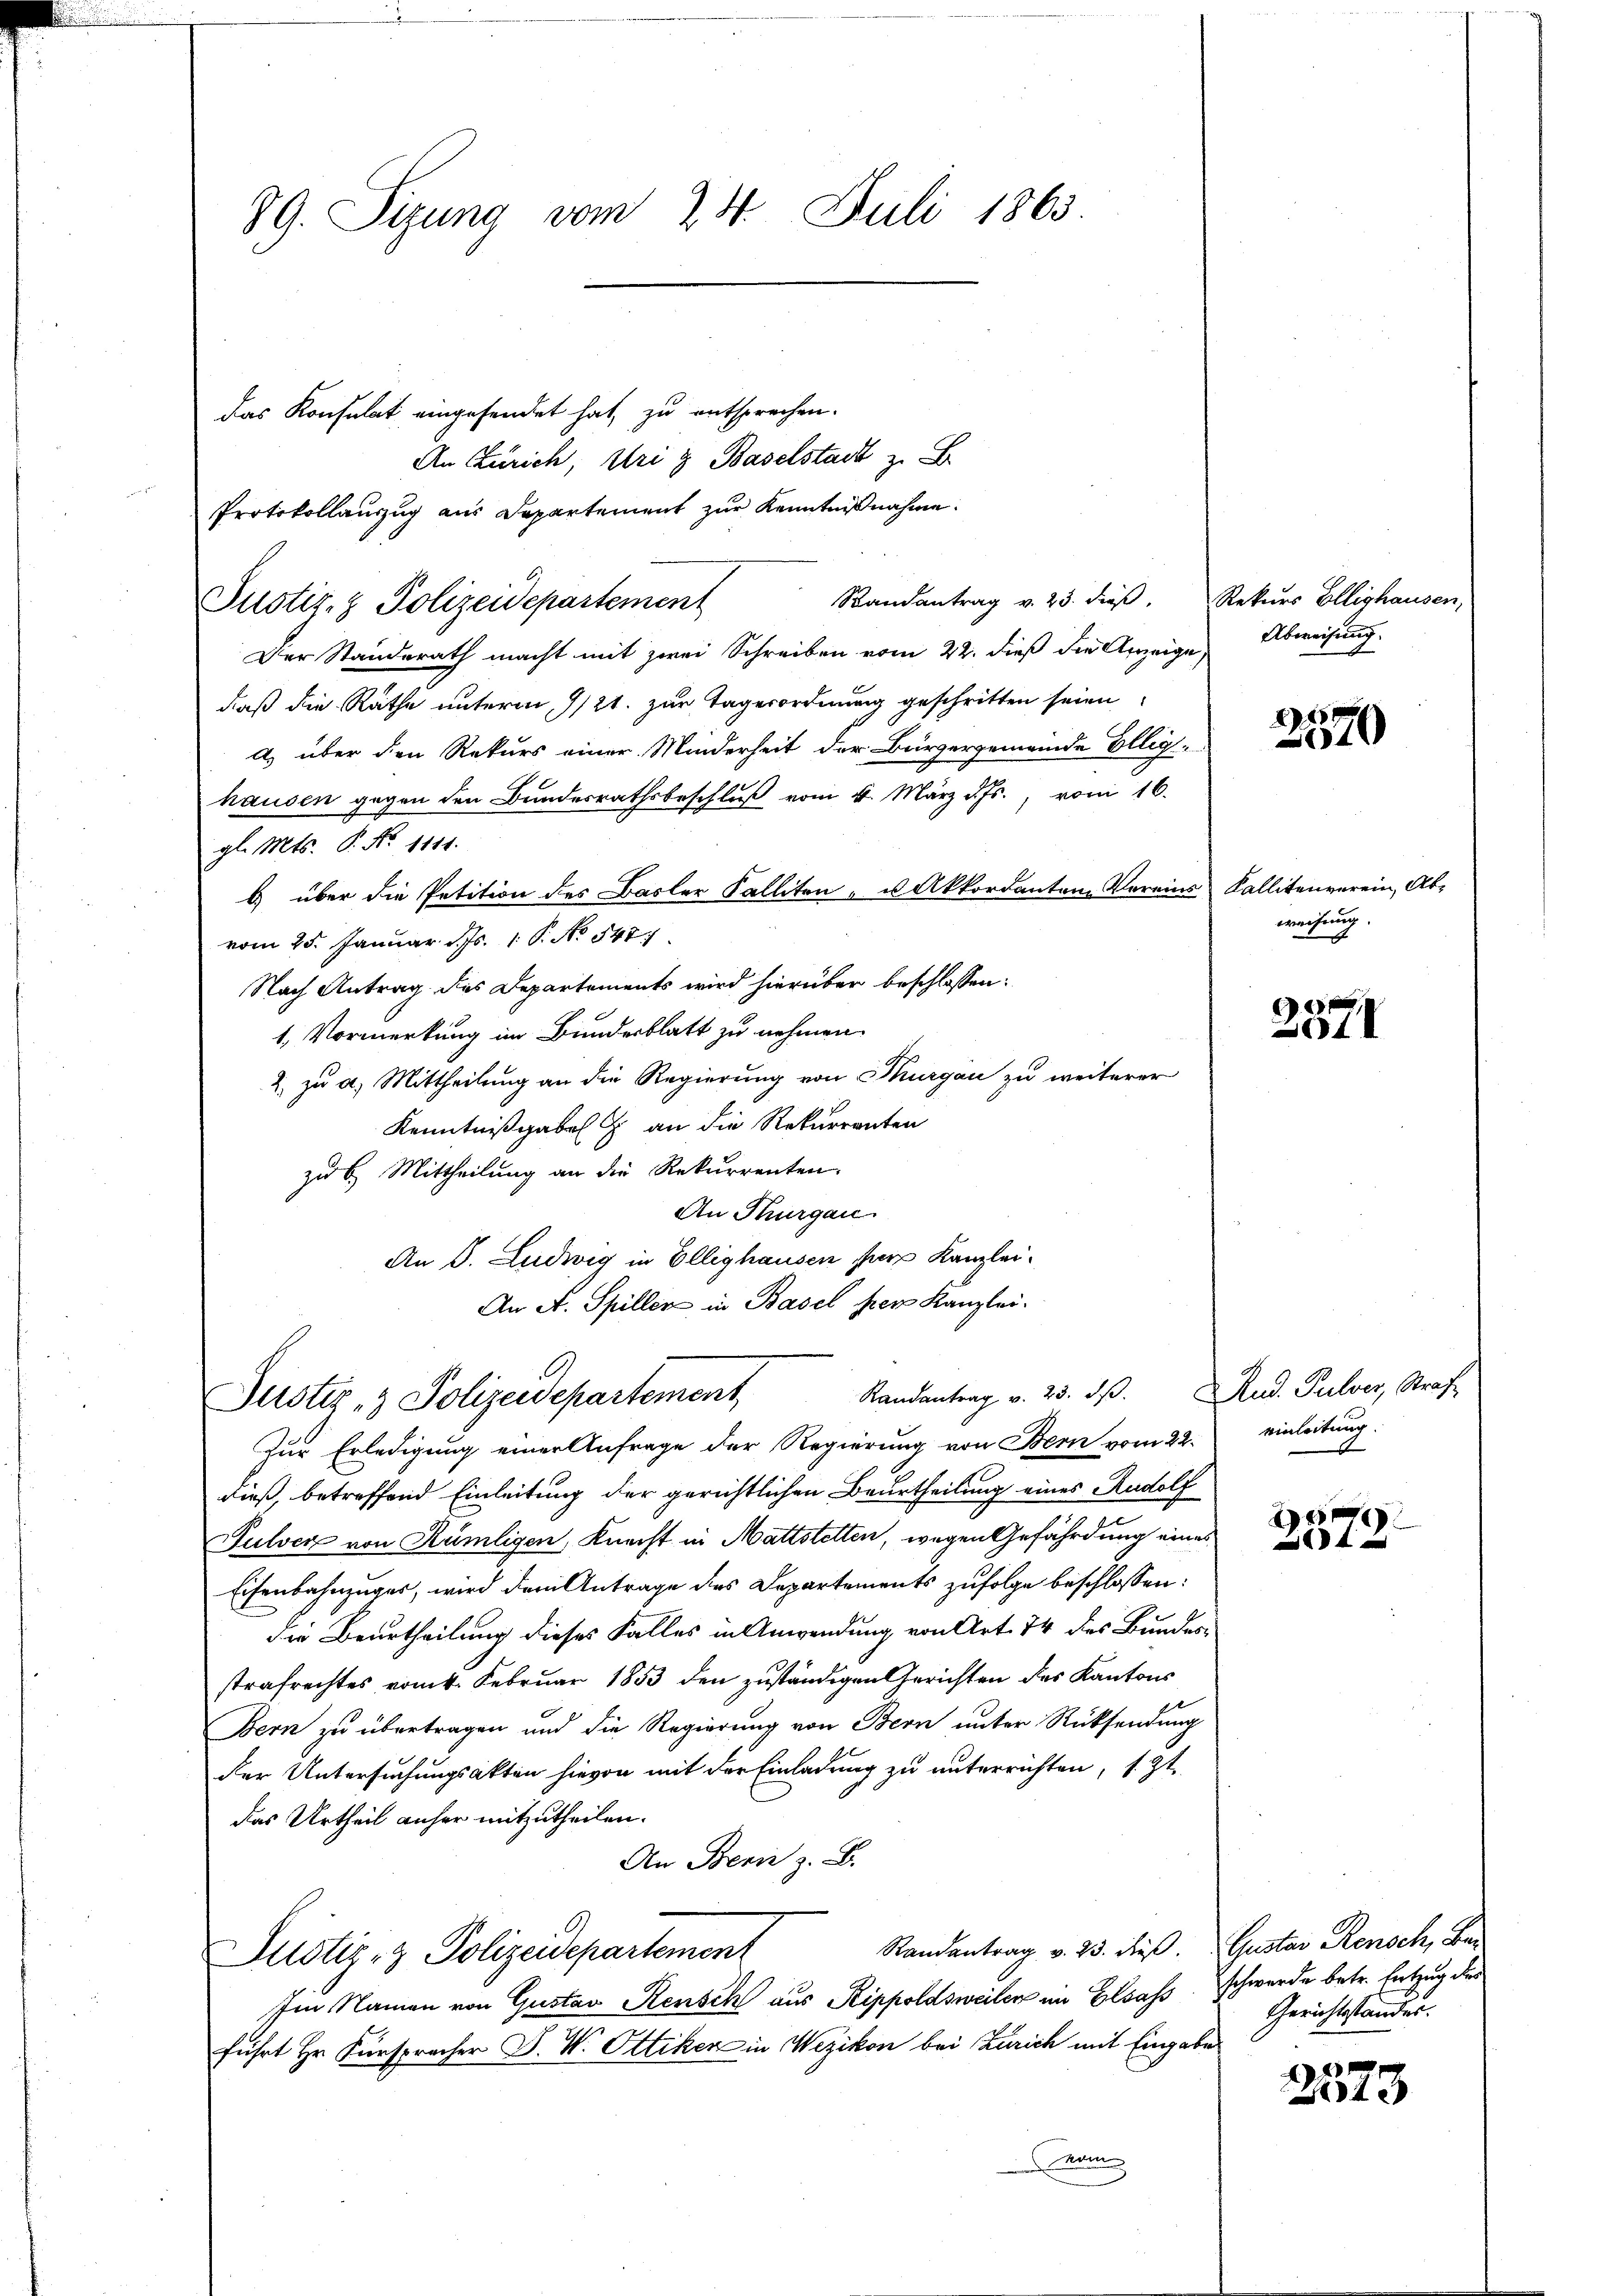
89. Sizung vom 24. Juli 1863.

das Konsulat eingesendet hat, zu entsprechen.
An Zürich, Uri & Baselstadt z. B.
Protokollauszug aus Departement zur Kenntnißnahme.
Justiz- & Polizeidepartement
Der Standerath macht mit zwei Schreiben vom 22. dieß die Anzeige,
daß die Rathe unterm 9/21. zur Tagerordnung geschritten seien
a) über den Rekurs einer Minderheit der Bürgergemeinde Ellig-
hausen gegen den Bundesrathsbeschluß vom 4. März d. Js., vom 16.
gl. Mts. P. Nr. 1111.
b) über die Petition des Basler Falliten - u. Akkordantene Voreins Kallitenverein, Abvom 25. Januar d. Js. 1 P. No 548.
Nach Antrag des Departements wird hierüber beschlossen:
1. Vormerkung im Bundesblatt zu nehmen.
2. zu a. Mittheilung an die Regierung von Thurgau zu weiterer
Kenntnißgabel  an die Rekurrenten
zu 6. Mittheilung an die Rekurrenten.
An Thurgau.
An P. Ludwig in Elleghausen per Kanzlei.
An A. Spillen in Basel per Kanzlei.
Randantrag v. 23. dβ. Rud. Pulver, Strafe
Justiz- & Polizeidepartement
Zur Erledigung einer Anfrage der Regierung von Bern vom 22. einleitung
dieß, betreffend Einleitung der gerichtlichen Beurtheilung eines Rudolf
Pulver von Rümligen, Knecht in Mattstetten, wegen Gefährdung eines
Eisenbahnzuges, wird dem Antrage des Departements zufolge beschlossen:
die Beurtheilung dieses Falles in Anwendung von Art. 74 dies Bundes-
strafrechtes vom 4. Februar 1853 den zuständigen Gerichten des Kantons
Bern zu übertragen und die Regierung von Bern unter Rücksendung
der Untersuchungsakten hievon mit der Einladung zu unterrichten, s. Zt.
das Urtheil anher mitzutheilen.
An Bern z. B.
Randantrag v. 23. dies. Gustav Rensch, Be¬
Justiz- & Polizeidepartement
Im Namen von Gustav Rensch aus Rippoldsweilen im Elsass schwerde betr. Entzug der
führt Hr. Fürspracher S. W. Ottiker in Wezikon bei Zürich mit Eingabe
a

Randantrag v. 23. dieß. Rekurs Ellighausen,

Abweisung.

2
2570

weisung.

2871

1

2

Gerichtstandes.

273